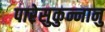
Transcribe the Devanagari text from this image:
पारेसुकुन्नानु